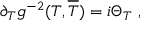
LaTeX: \partial _ { T } g ^ { - 2 } ( T , \overline { { { T } } } ) = i \Theta _ { T } \ ,